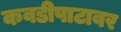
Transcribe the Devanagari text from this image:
कवडीपाटावर